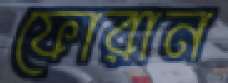
ফোরান